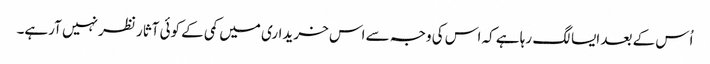
اُس کے بعد ایسا لگ رہا ہے کہ اس کی وجہ سے اس خریداری میں کمی کے کوئی آثار نظر نہیں آرہے۔